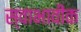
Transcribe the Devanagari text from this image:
स्वाभावीक